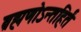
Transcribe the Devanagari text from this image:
ब्रह्मणोऽन्तहिर्तं